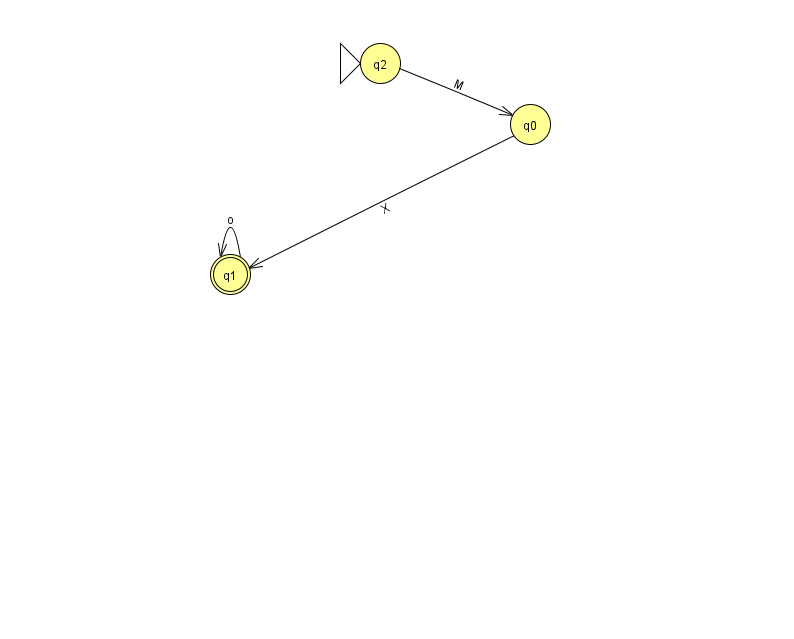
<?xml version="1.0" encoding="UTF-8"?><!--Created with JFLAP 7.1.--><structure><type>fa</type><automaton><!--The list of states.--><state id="0" name="q0"><x>530.0</x><y>111.0</y></state><state id="1" name="q1"><x>230.0</x><y>261.0</y><final/></state><state id="2" name="q2"><x>380.0</x><y>50.0</y><initial/></state><!--The list of transitions.--><transition><from>0</from><to>1</to><read>X</read></transition><transition><from>2</from><to>0</to><read>M</read></transition><transition><from>1</from><to>1</to><read>o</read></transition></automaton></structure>